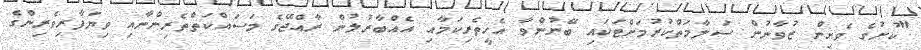
"ކުށުގެ ވެށިން ޒުވާނުން ސަލާމަތްކުރުމަށްޓަކައި ބޭނުންވާ އެހީތެރިކަމާއި އެއްބާރުލުން ރާއްޖޭގެ މަސައްކަތްތެރިންނާއި ވިޔަފާރިވެރިންގެ